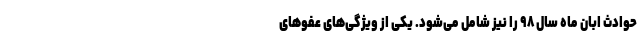
حوادث ابان ماه سال ۹۸ را نیز شامل می‌شود. یکی از ویژگی‌های عفوهای